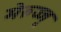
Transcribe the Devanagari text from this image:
मेरुज्जू